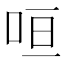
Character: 咺